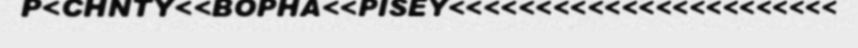
P<CHNTY<<BOPHA<<PISEY<<<<<<<<<<<<<<<<<<<<<<<